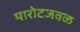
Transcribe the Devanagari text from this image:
मारोटजवळ